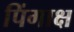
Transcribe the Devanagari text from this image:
पिंगाक्ष